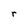
Character: r